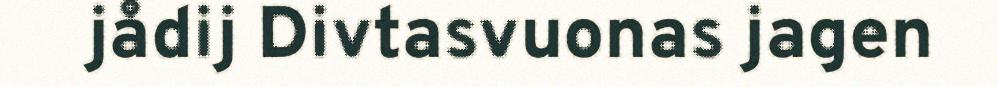
jådij Divtasvuonas jagen